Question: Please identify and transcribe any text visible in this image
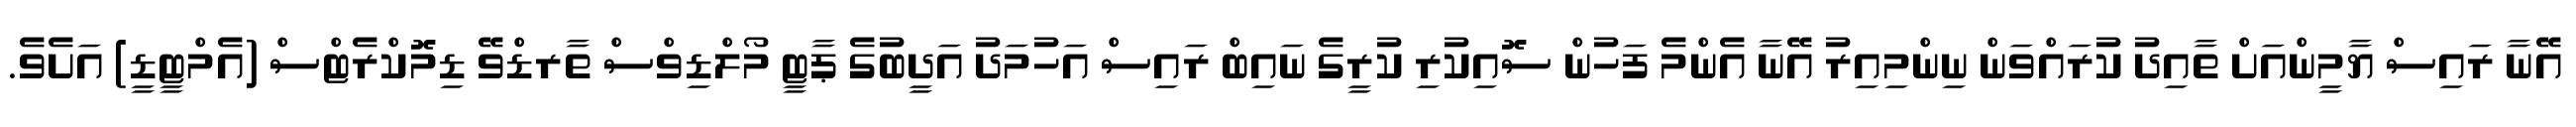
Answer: އޭނާ ރައިސް ޔާމީންއަށް ތާއިދު ކުރައްވަން ނިންމިއިރު އޭނާ އެންމެ ފަހުން ސޮއިކުރި ކުރީގެ ނައިބް ރައިސް އަހުމަދު އަދީބުގެ ޕާޓީ މޯލްޑިވްސް ތާރޑްވޭ ޑިމޮކްރެޓްސް (އެމްޓީޑީ) އަށެވެ.